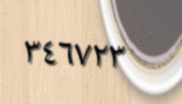
٣٤٦٧٢٣